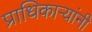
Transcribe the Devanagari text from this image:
प्राधिकाऱ्यांनी